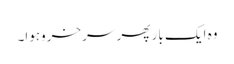
وہ ایک بار پھر سرخروہوا۔